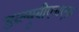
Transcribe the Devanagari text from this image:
डब्ल्यूबीएचएफ़